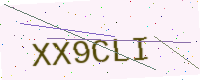
Text: XX9CLI